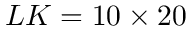
L K = 1 0 \times 2 0